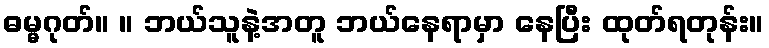
ဓမ္မဂုတ်။ ။ ဘယ်သူနဲ့အတူ ဘယ်နေရာမှာ နေပြီး ထုတ်ရတုန်း။